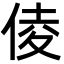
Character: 倰